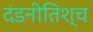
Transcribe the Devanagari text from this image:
दंडनीतिश्च